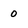
Character: 0